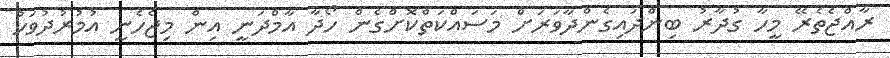
ރާއްޖެތެރޭ މީހާ ގުދާރު ބިންދައިގެންދާވަރަށް މަސައްކަތްކޮށްގެން ހޯދާ އާމްދަނީ އިން މިޖެހެނީ އުމުރުދުވަހު